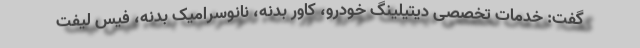
گفت: خدمات تخصصی دیتیلینگ خودرو، کاور بدنه، نانوسرامیک بدنه، فیس لیفت